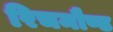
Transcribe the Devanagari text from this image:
रिचमौण्ड